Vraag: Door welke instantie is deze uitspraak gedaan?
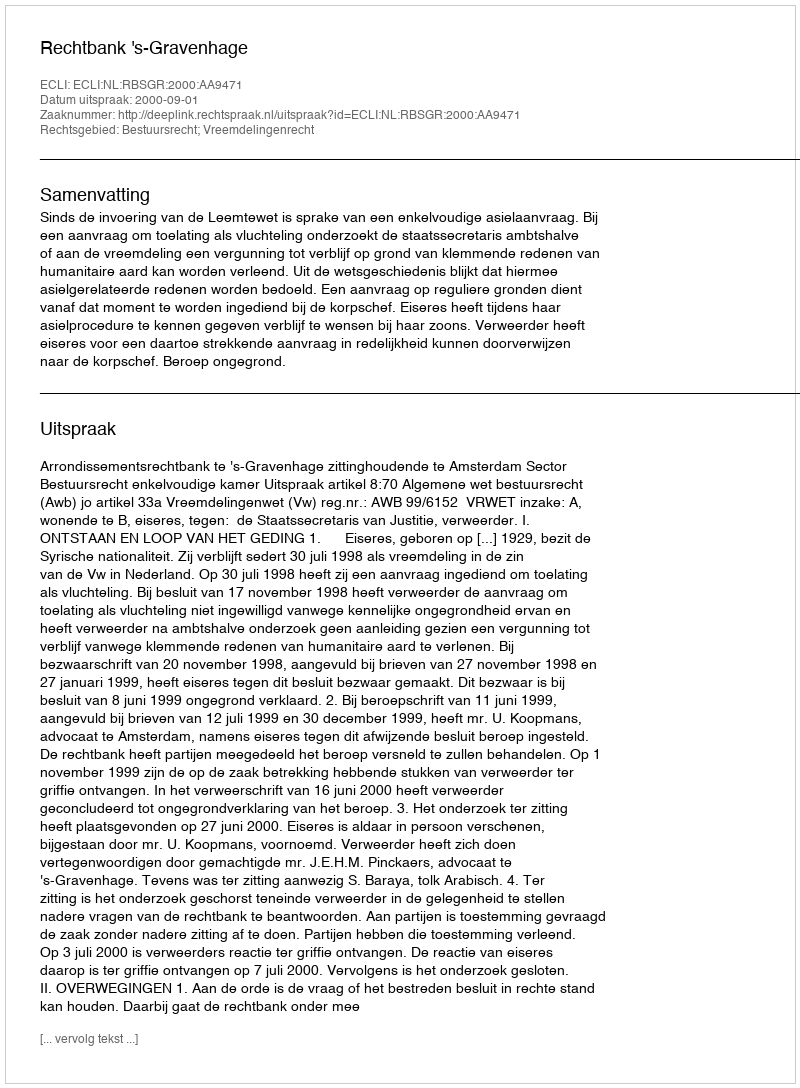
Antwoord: Rechtbank 's-Gravenhage